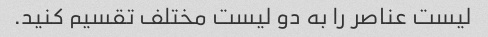
لیست عناصر را به دو لیست مختلف تقسیم کنید.